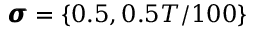
\pmb { \sigma } = \{ 0 . 5 , 0 . 5 T / 1 0 0 \}